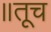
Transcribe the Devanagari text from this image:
॥तूच